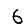
Digit: 6